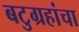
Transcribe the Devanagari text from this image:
बटुग्रहांचा